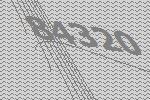
84320